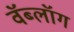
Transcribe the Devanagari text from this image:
वॅब्लॉग